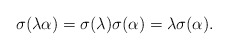
\begin{align*}\sigma(\lambda\alpha)=\sigma(\lambda)\sigma(\alpha)=\lambda\sigma(\alpha).\end{align*}